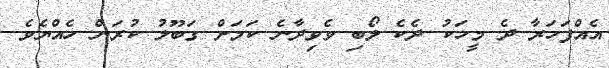
އެއްފަހަރާ ދެ މީހަކު ދެކެ ލޯބި ވެވިދާނެ ކަމަށް ގަބޫލު ކުރަން ހެއްޔެވެ